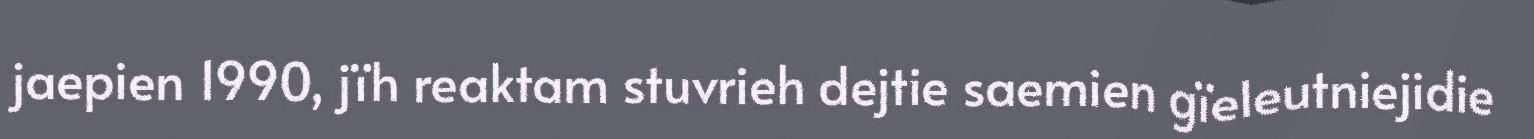
jaepien 1990, jïh reaktam stuvrieh dejtie saemien gïeleutniejidie